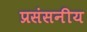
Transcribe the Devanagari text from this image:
प्रसंसनीय